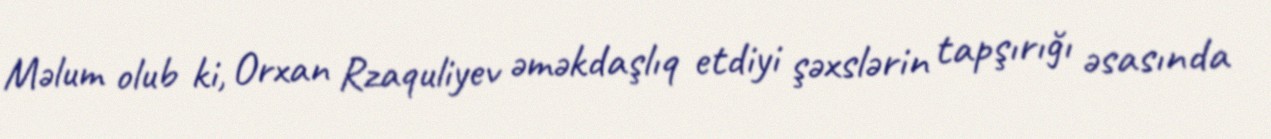
Məlum olub ki, Orxan Rzaquliyev əməkdaşlıq etdiyi şəxslərin tapşırığı əsasında